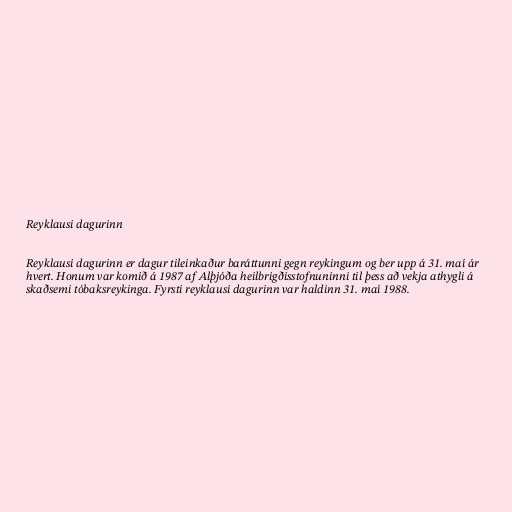
Reyklausi dagurinn

Reyklausi dagurinn er dagur tileinkaður baráttunni gegn reykingum og ber upp á 31. maí ár
hvert. Honum var komið á 1987 af Alþjóða heilbrigðisstofnuninni til þess að vekja athygli á
skaðsemi tóbaksreykinga. Fyrsti reyklausi dagurinn var haldinn 31. maí 1988.